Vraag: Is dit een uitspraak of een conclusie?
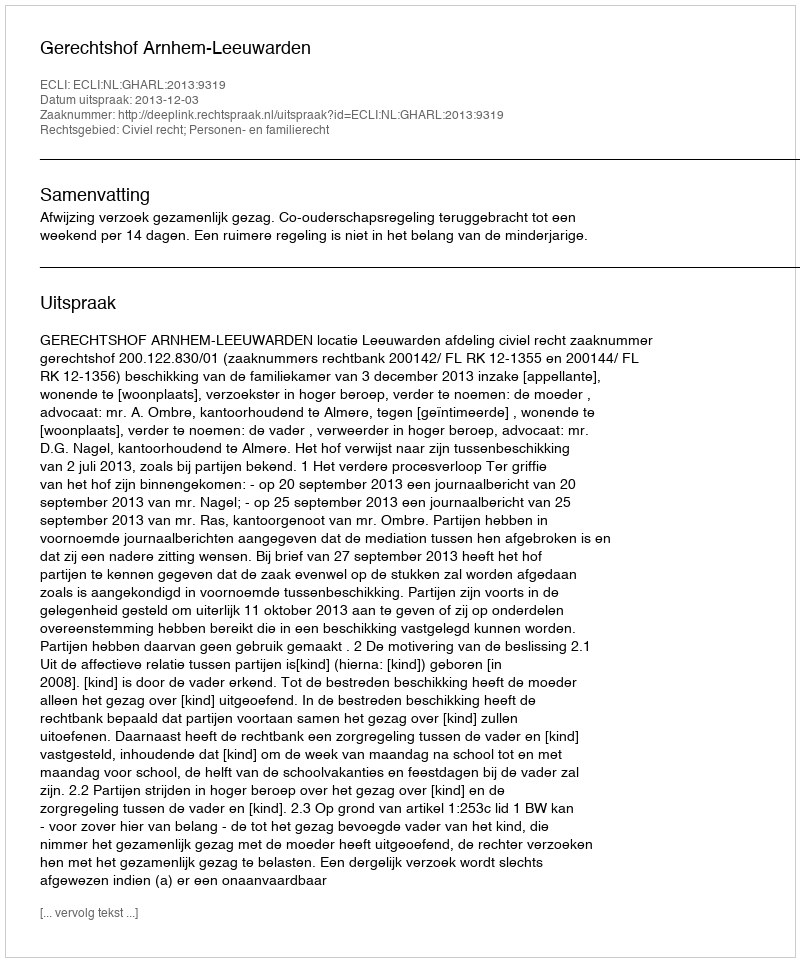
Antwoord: Uitspraak